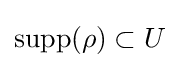
{\text{supp}}(\rho )\subset U